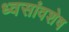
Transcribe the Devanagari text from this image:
ध्वसांवशेष